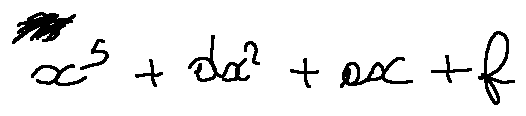
x ^ { 5 } + d x ^ { 2 } + e x + f